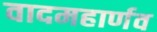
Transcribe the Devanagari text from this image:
वादमहार्णव